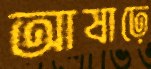
আষাঢ়ে